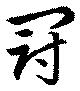
冠